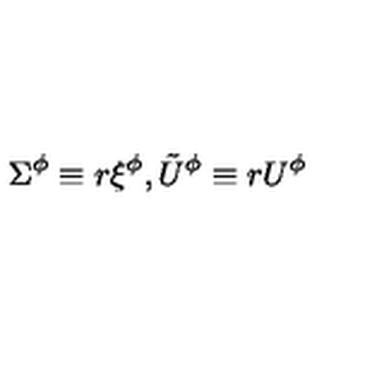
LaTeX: \Sigma ^ { \phi } \equiv r \xi ^ { \phi } , \tilde { U } ^ { \phi } \equiv r U ^ { \phi }